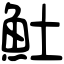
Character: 𩵚